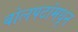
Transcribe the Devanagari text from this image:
बोलपटांमधून